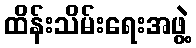
ထိန်းသိမ်းရေးအဖွဲ့